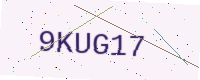
Text: 9KUG17